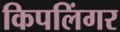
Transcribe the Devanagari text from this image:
किपलिंगर